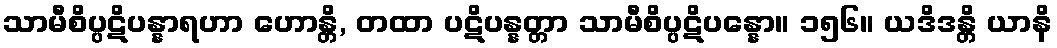
သာမီစိပ္ပဋိပန္နာရဟာ ဟောန္တိ, တထာ ပဋိပန္နတ္တာ သာမီစိပ္ပဋိပန္နော။ ၁၅၆။ ယဒိဒန္တိ ယာနိ